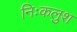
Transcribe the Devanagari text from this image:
निःकलुश